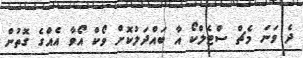
ދެ ވަނަ މެޗް ސްޓެލްކޯ އާ ބައްދަލުކޮށް ވޯކް އޯވާ އެއްގެ ގޮތުން